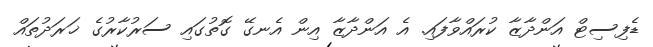
ޑެފިސިޓް އަންދާޒާ ކުރައްވާފައި. އެ އަންދާޒާ އިން އެނގޭ ގޮތުގައި ސަރުކާރުގެ ޚަރަދުތައް